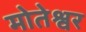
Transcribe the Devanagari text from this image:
मोतेश्वर